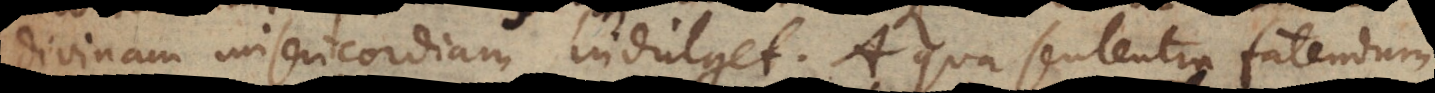
divinam misericordiam indulget. A qua sententia fatendum